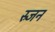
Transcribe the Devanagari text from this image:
स्र्जन